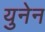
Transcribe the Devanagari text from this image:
युनेन